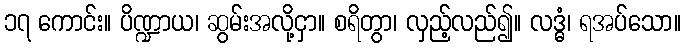
၁၇ ကောင်း။ ပိဏ္ဍာယ၊ ဆွမ်းအလို့ငှာ။ စရိတွာ၊ လှည့်လည်၍။ လဒ္ဓံ၊ ရအပ်သော။